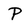
Character: P